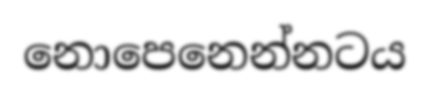
නොපෙනෙන්නටය